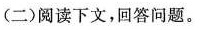
(二)阅读下文,回答问题。